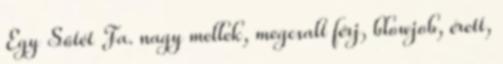
Egy Sötét Fa. nagy mellek, megcsalt férj, blowjob, érett,